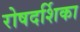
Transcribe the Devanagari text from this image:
रोषदर्शिका